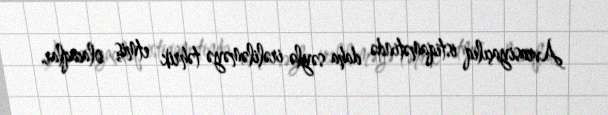
Avrasiyaçılıq istiqamətində daha səylə irəliləməyə təhrik etmiş olacaqlar.